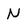
Character: N